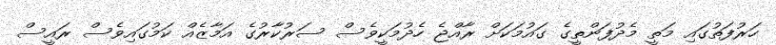
ހަރުފަތުގައި މަތީ މެދުފަންތީގެ ގައުމަކަށް ރާއްޖެ ހެދުމަކީވެސް ސަރުކާރުގެ އަމާޒެއް ކަމުގައިވެސް ރައީސް